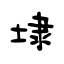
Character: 埭